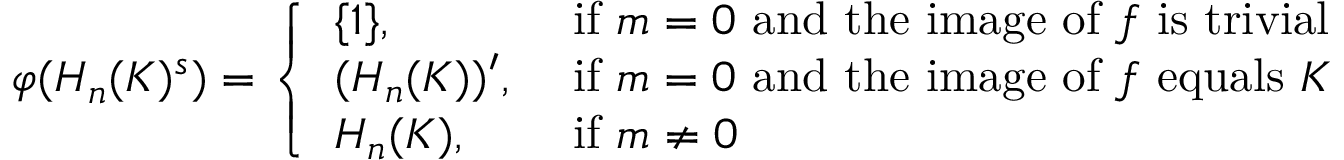
\varphi ( H _ { n } ( K ) ^ { s } ) = \left\{ \begin{array} { l l } { \{ 1 \} , } & { \mathrm { ~ i f ~ } m = 0 \mathrm { ~ a n d ~ t h e ~ i m a g e ~ o f ~ } f \mathrm { ~ i s ~ t r i v i a l } } \\ { ( H _ { n } ( K ) ) ^ { \prime } , } & { \mathrm { ~ i f ~ } m = 0 \mathrm { ~ a n d ~ t h e ~ i m a g e ~ o f ~ } f \mathrm { ~ e q u a l s ~ } K } \\ { H _ { n } ( K ) , } & { \mathrm { ~ i f ~ } m \neq 0 } \end{array} \right.